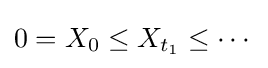
0=X_{0}\leq X_{t_{1}}\leq \cdots